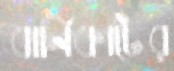
বার্নিকাটের